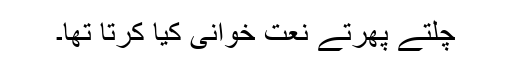
چلتے پھرتے نعت خوانی کیا کرتا تھا۔